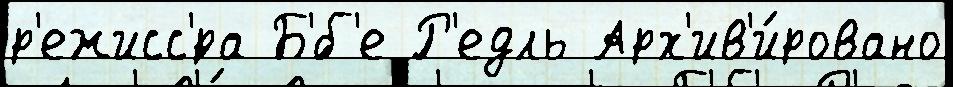
р'ежисс'́ра Б'́б'е Р'едль Арх'ив'и́ровано